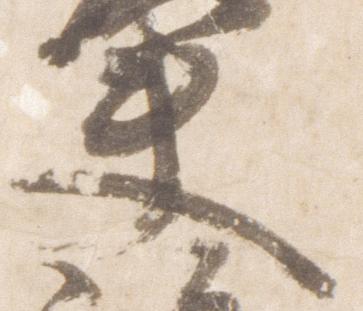
夫